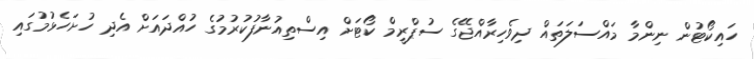
ހައިކޯޓުން ނިންމާ މައްސަލަތައް ދިވެހިރާއްޖޭގެ ސުޕްރީމް ކޯޓަށް އިސްތިއުނާފުކުރުމުގެ ހުއްދައަށް އެދި ހުށަހެޅުމުގައި